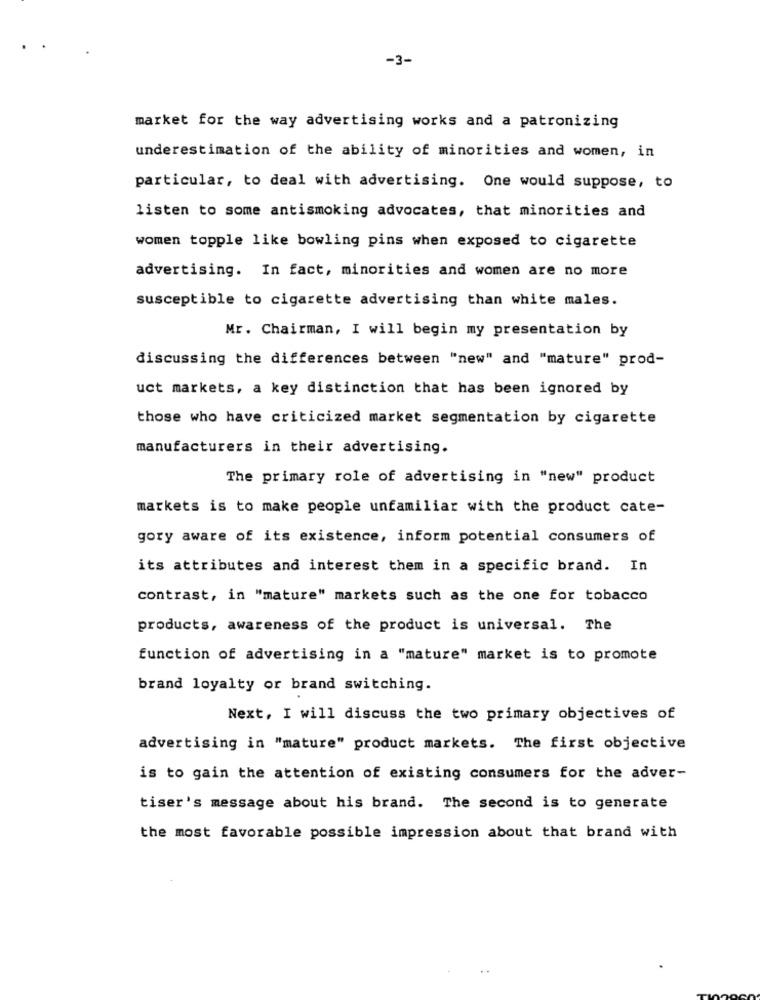
-3-
market for the way advertising works and a patronizing
underestimation of the ability of minorities and women, in
particular, to deal with advertising. One would suppose, to
listen to some antismoking advocates, that minorities and
women topple like bowling pins when exposed to cigarette
advertising. In fact, minorities and women are no more
susceptible to cigarette advertising than white males.
Mr. Chairman, I will begin my presentation by
discussing the differences between "new" and "mature" prod-
uct markets, a key distinction that has been ignored by
those who have criticized market segmentation by cigarette
manufacturers in their advertising.
The primary role of advertising in "new" product
markets is to make people unfamiliar with the product cate-
gory aware of its existence, inform potential consumers of
its attributes and interest them in a specific brand. In
contrast, in "mature" markets such as the one for tobacco
products, awareness of the product is universal. The
function of advertising in a "mature" market is to promote
brand loyalty or brand switching.
Next, I will discuss the two primary objectives of
advertising in "mature" product markets. The first objective
is to gain the attention of existing consumers for the adver-
tiser's message about his brand. The second is to generate
the most favorable possible impression about that brand with